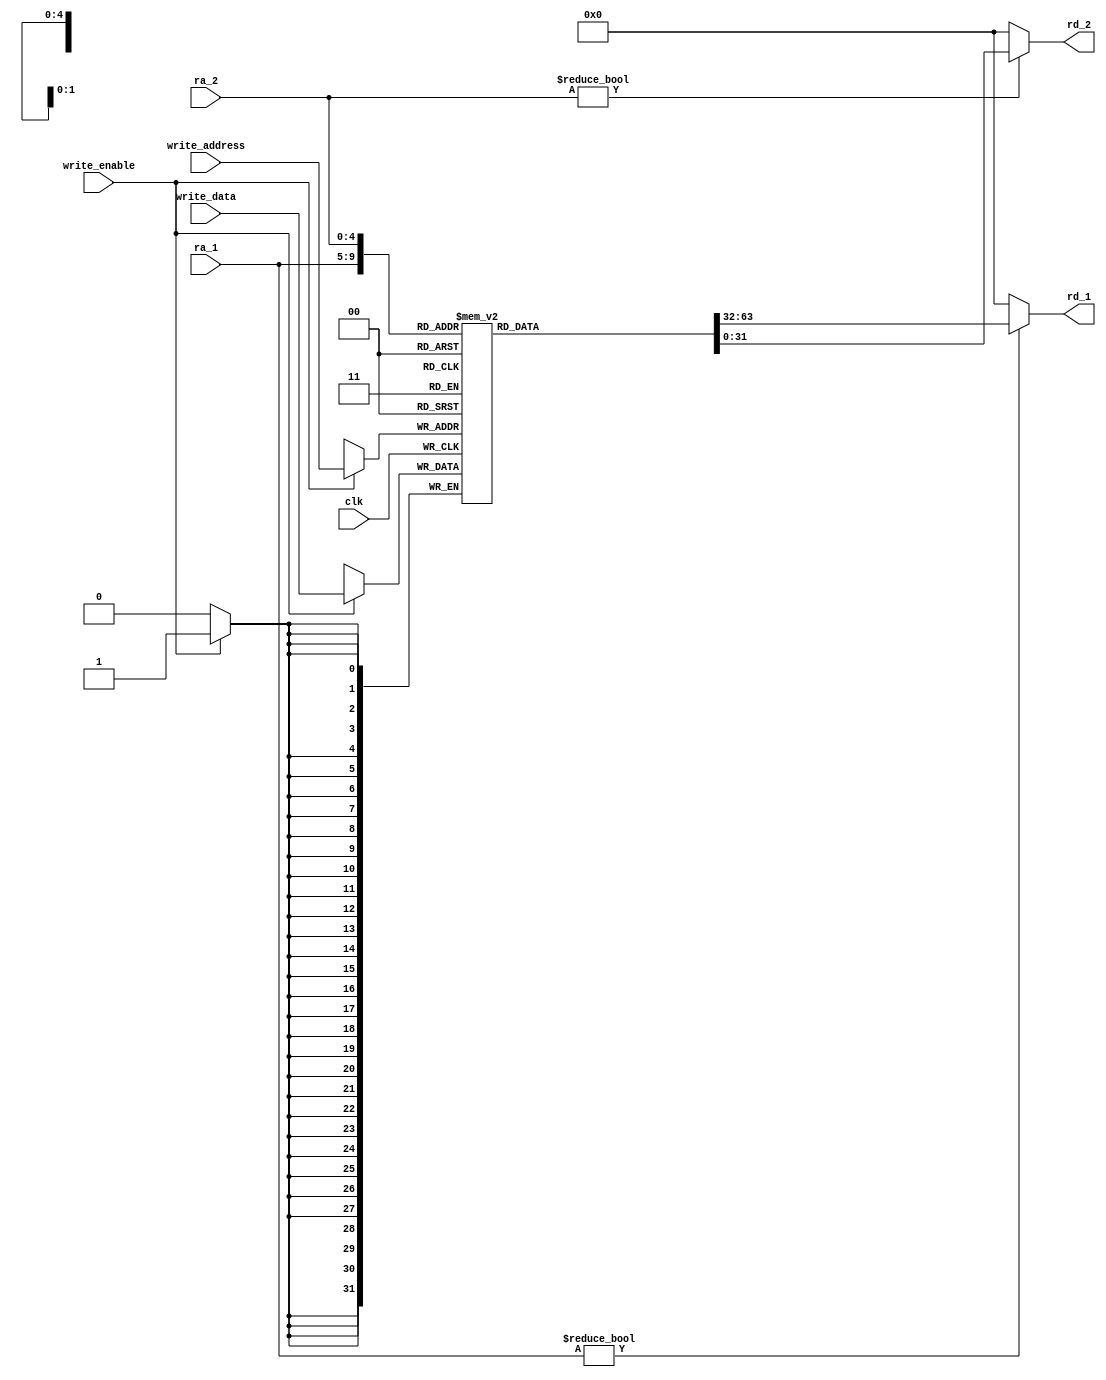
module regfile (input clk, 
		input write_enable,
		input [4:0] ra_1, ra_2, write_address,
		input [31:0] write_data,
		output  [31:0] rd_1, rd_2);

//ra_x = read address
//rd_x = read data (datos que entran en el regfile
//ya sea por instr r-type o lw
//write address es la direccion donde se cargara write_data

reg[31:0] rf[31:0];

always @(negedge clk)
	if (write_enable) rf[write_address] <= write_data;


//always @(negedge clk)
//begin
//	rd_1 <= (ra_1 != 0) ? rf[ra_1] : 0;
//	rd_2 <= (ra_2 != 0) ? rf[ra_2] : 0;
//end
assign rd_1 = (ra_1 != 0) ? rf[ra_1] : 0;
assign rd_2 = (ra_2 != 0) ? rf[ra_2] : 0;

endmodule